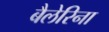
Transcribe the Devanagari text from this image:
बैलेरिना